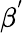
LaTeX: \beta^{'}